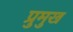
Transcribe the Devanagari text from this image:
प्रुमुख